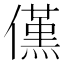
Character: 𠏽